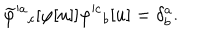
\widetilde \varphi ^ { a } { } _ { c } [ \varphi [ u ] ] \varphi ^ { c } { } _ { b } [ u ] = \delta _ { b } ^ { a } .